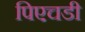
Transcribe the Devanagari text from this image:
पिएचडी